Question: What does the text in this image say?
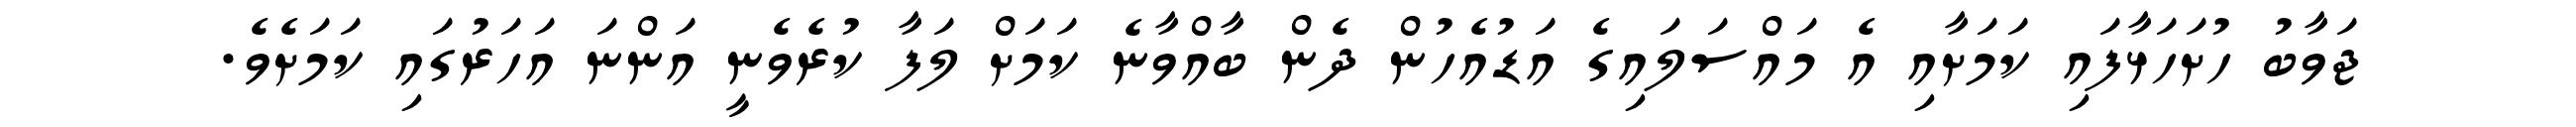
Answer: ޖަވާބު ހުށަހަޅާފައި ކަމަށާއި އެ މައްސަލައިގެ އަޑުއެހުން ދެން ބާއްވާނެ ކަމަށް ލަފާ ކުރެވެނީ އަންނަ އަހަރުގައި ކަމަށެވެ.